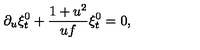
\partial _ { u } \xi _ { t } ^ { 0 } + { \frac { 1 + u ^ { 2 } } { u f } } \xi _ { t } ^ { 0 } = 0 ,